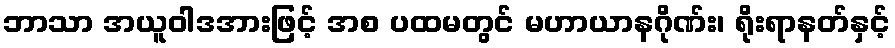
ဘာသာ အယူဝါဒအားဖြင့် အစ ပထမတွင် မဟာယာနဂိုဏ်း၊ ရိုးရာနတ်နှင့်